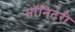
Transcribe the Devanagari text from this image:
मॉनिटरी